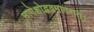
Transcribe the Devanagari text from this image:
नागेशोद्भवमादरात्‌।